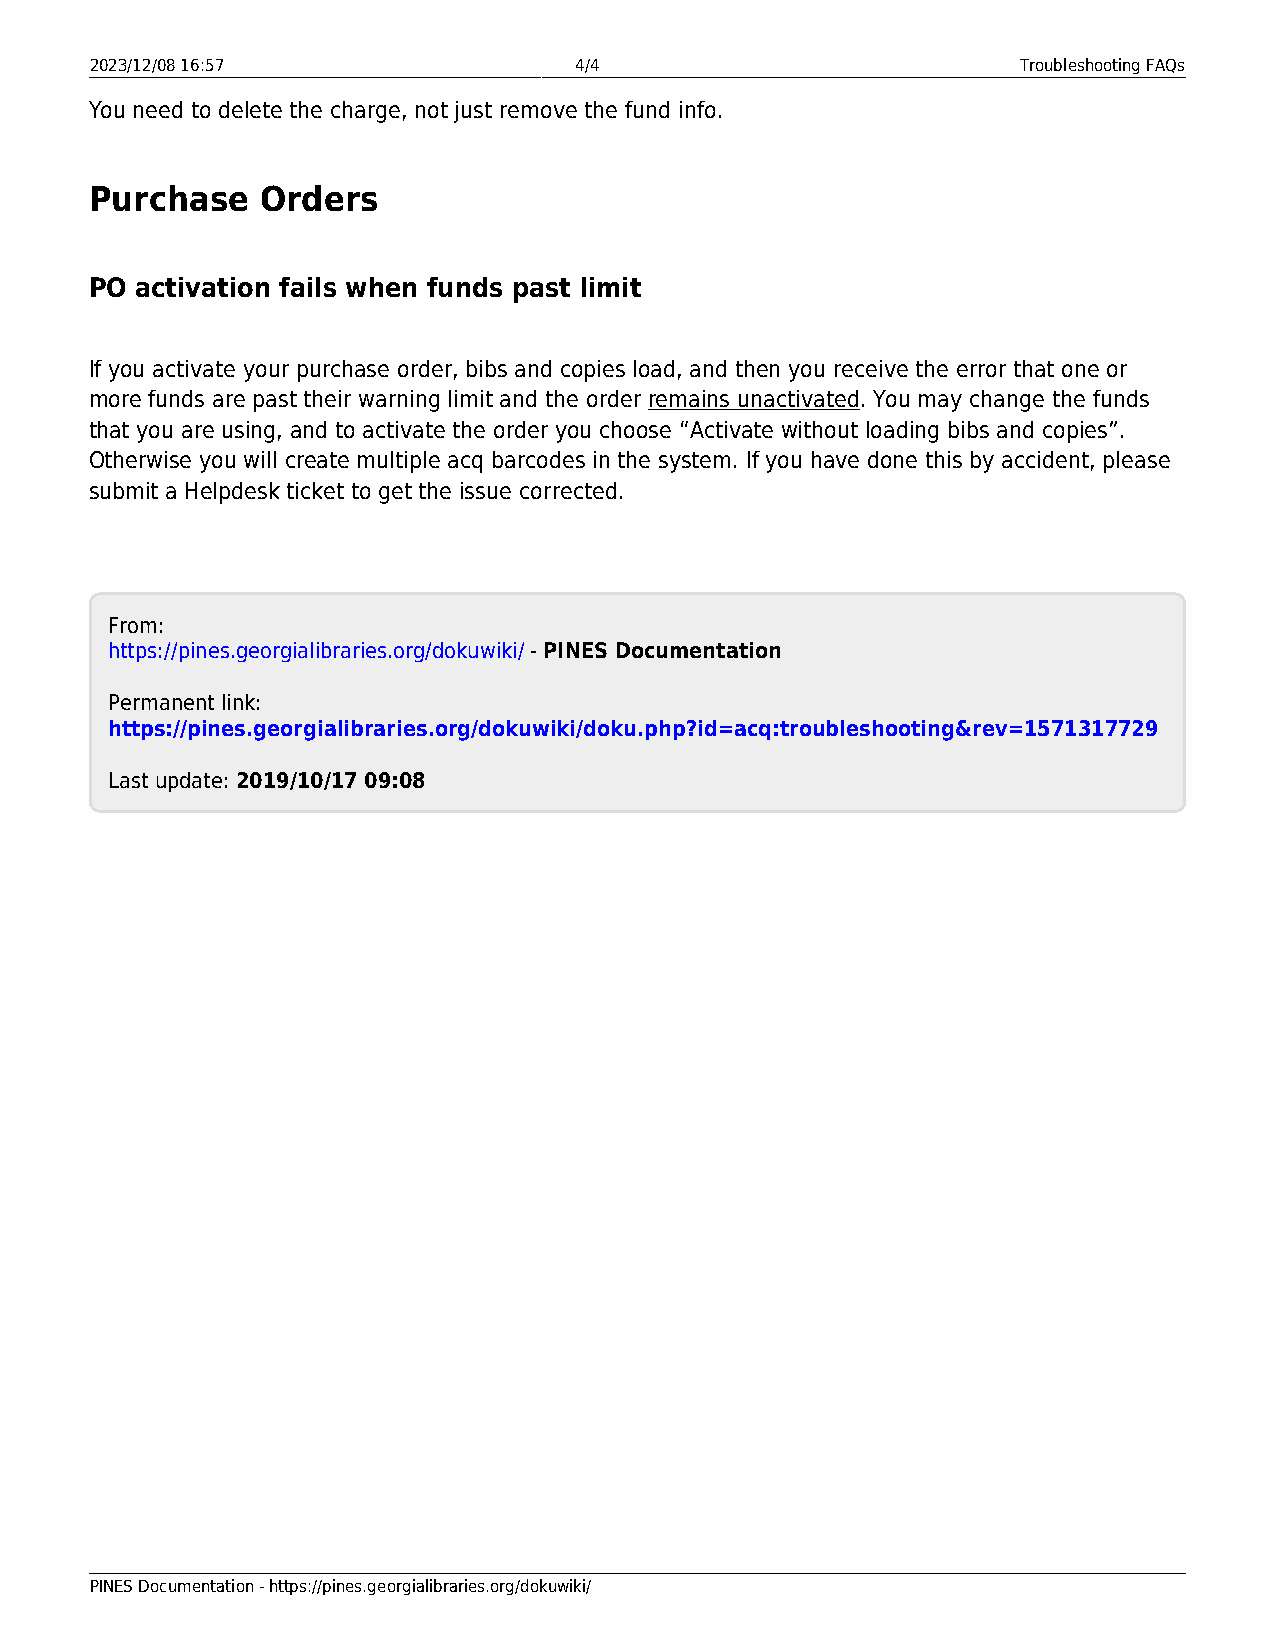
2023/12/08 16:57                4/4                           Troubleshooting FAQs
 You need to delete the charge, not just remove the fund info.
 Purchase   Orders
 PO activation fails when funds past limit
 If you activate your purchase order, bibs and copies load, and then you receive the error that one or
 more funds are past their warning limit and the order remains unactivated. You may change the funds
 that you are using, and to activate the order you choose “Activate without loading bibs and copies”.
 Otherwise you will create multiple acq barcodes in the system. If you have done this by accident, please
 submit a Helpdesk ticket to get the issue corrected.
 From:
 https://pines.georgialibraries.org/dokuwiki/ - PINES Documentation
 Permanent link:
 https://pines.georgialibraries.org/dokuwiki/doku.php?id=acq:troubleshooting&rev=1571317729
 Last update: 2019/10/17 09:08
 PINES Documentation - https://pines.georgialibraries.org/dokuwiki/